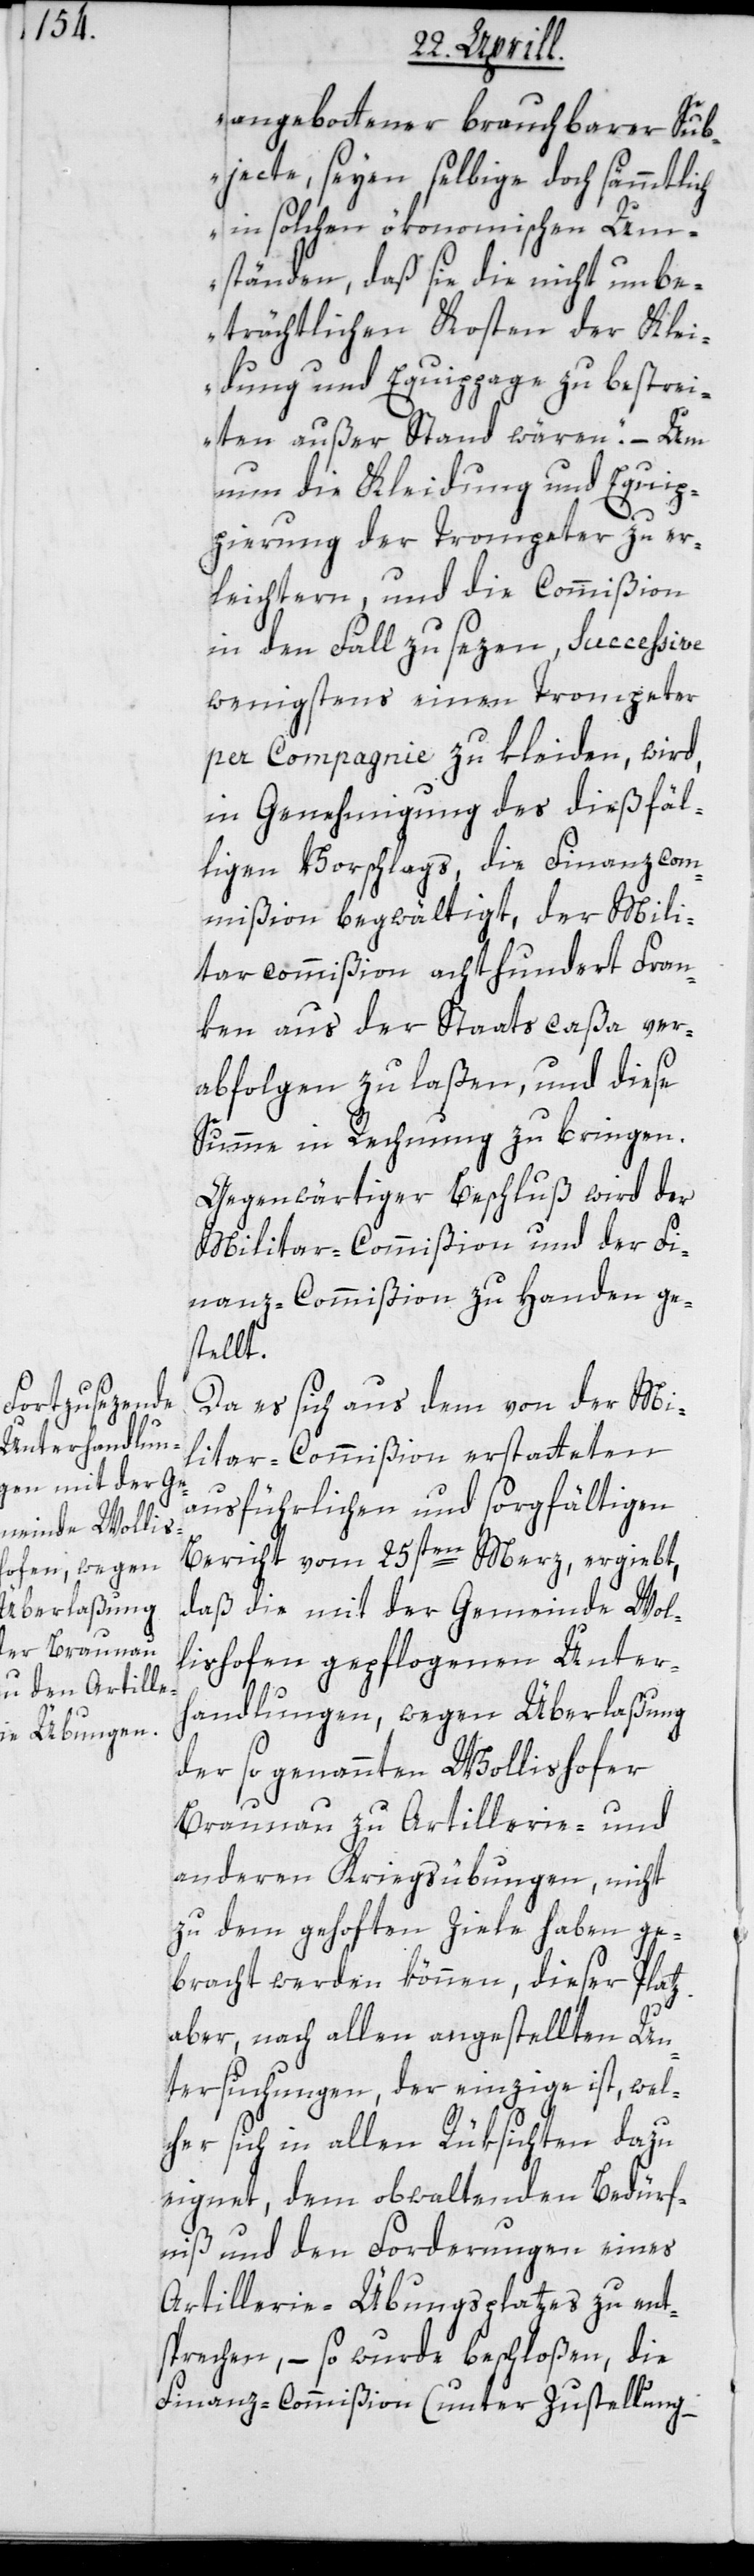
angebottener brauchbarer Sub¬
jecte, seyen selbige doch sämmtlich
in solchen ökonomischen Um¬
ständen, daß sie die nicht unbe¬
trächtlichen Kosten der Klei¬
dung und Equippage zu bestrei¬
ten außer Stand wären“. – Um
nun die Kleidung und Equip¬
pierung der Trompeter zu er¬
leichtern und die Commißion
in den Fall zu sezen, successive
wenigstens einen Trompeter
per Compagnie zu kleiden, wird,
in Genehmigung des dießfäl¬
ligen Vorschlags, die Finanzcom¬
mißion begwältigt, der Mili¬
tarcommißion achthumdert Fran¬
ken aus der Staatscaßa ver¬
abfolgen zu laßen, und diese
Summe in Rechnung zu bringen.
Gegenwärtiger Beschluß wird der
Militar-Commißion und der Fi¬
nanz-Commißion zu Handen ges¬
tellt.
Da es sich aus dem von der Mi¬
litar-Commißion erstatteten
ausführlichen und sorgfältigen
Bericht vom 25sten Merz, ergiebt,
daß die mit der Gemeinde Wol¬
lishofen gepflogenen Unter¬
handlungen, wegen Überlaßung
der so genannten Wollishofer
Braunau zu Artillerie- und
anderen Kriegsübungen, nicht
zu dem gehoften Ziele haben ge¬
bracht werden können, dieser Platz
aber, nach allen angestellten Un¬
tersuchungen der einzige ist, welc¬
her sich in allen Rüksichten dazu
eignet, dem obwaltenden Bedürf¬
niß und den Forderungen eines
Artillerie-Übungsplatzes zu ent¬
sprechen, – so wurde beschloßen, die
Finanz-Commißion (unter Zustellung